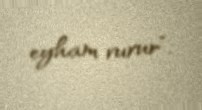
eyham vurur”.